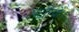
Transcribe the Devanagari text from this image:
पटरियों।